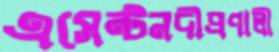
এসেন্টনদীপ্রণালী